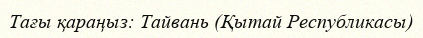
Тағы қараңыз: Тайвань (Қытай Республикасы)